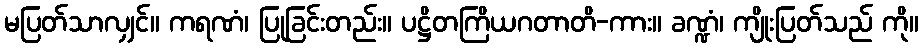
မပြတ်သာလျှင်။ ကရဏံ၊ ပြုခြင်းတည်း။ ပဋ္ဌိတကြိယဂတာတိ-ကား။ ခဏ္ဍံ၊ ကျိုးပြတ်သည် ကို။